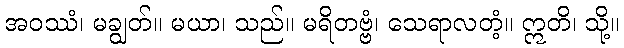
အဝဿံ၊ မချွတ်။ မယာ၊ သည်။ မရိတဗ္ဗံ၊ သေရာလတံ့။ ဣတိ၊ သို့။